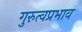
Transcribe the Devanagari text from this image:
गुरुत्वप्रभाव